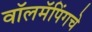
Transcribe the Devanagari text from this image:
वॉलमॅपिंगचे